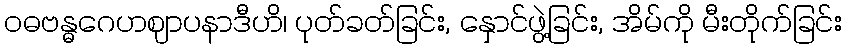
ဝဓဗန္ဓဂေဟဈာပနာဒီဟိ၊ ပုတ်ခတ်ခြင်း, နှောင်ဖွဲ့ခြင်း, အိမ်ကို မီးတိုက်ခြင်း